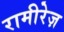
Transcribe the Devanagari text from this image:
रामीरेज़